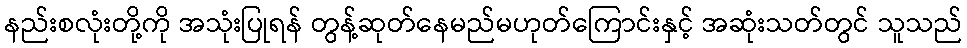
နည်းစလုံးတို့ကို အသုံးပြုရန် တွန့်ဆုတ်နေမည်မဟုတ်ကြောင်းနှင့် အဆုံးသတ်တွင် သူသည်